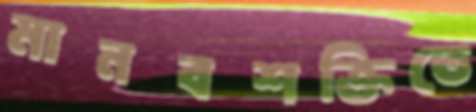
মানবশক্তিতে